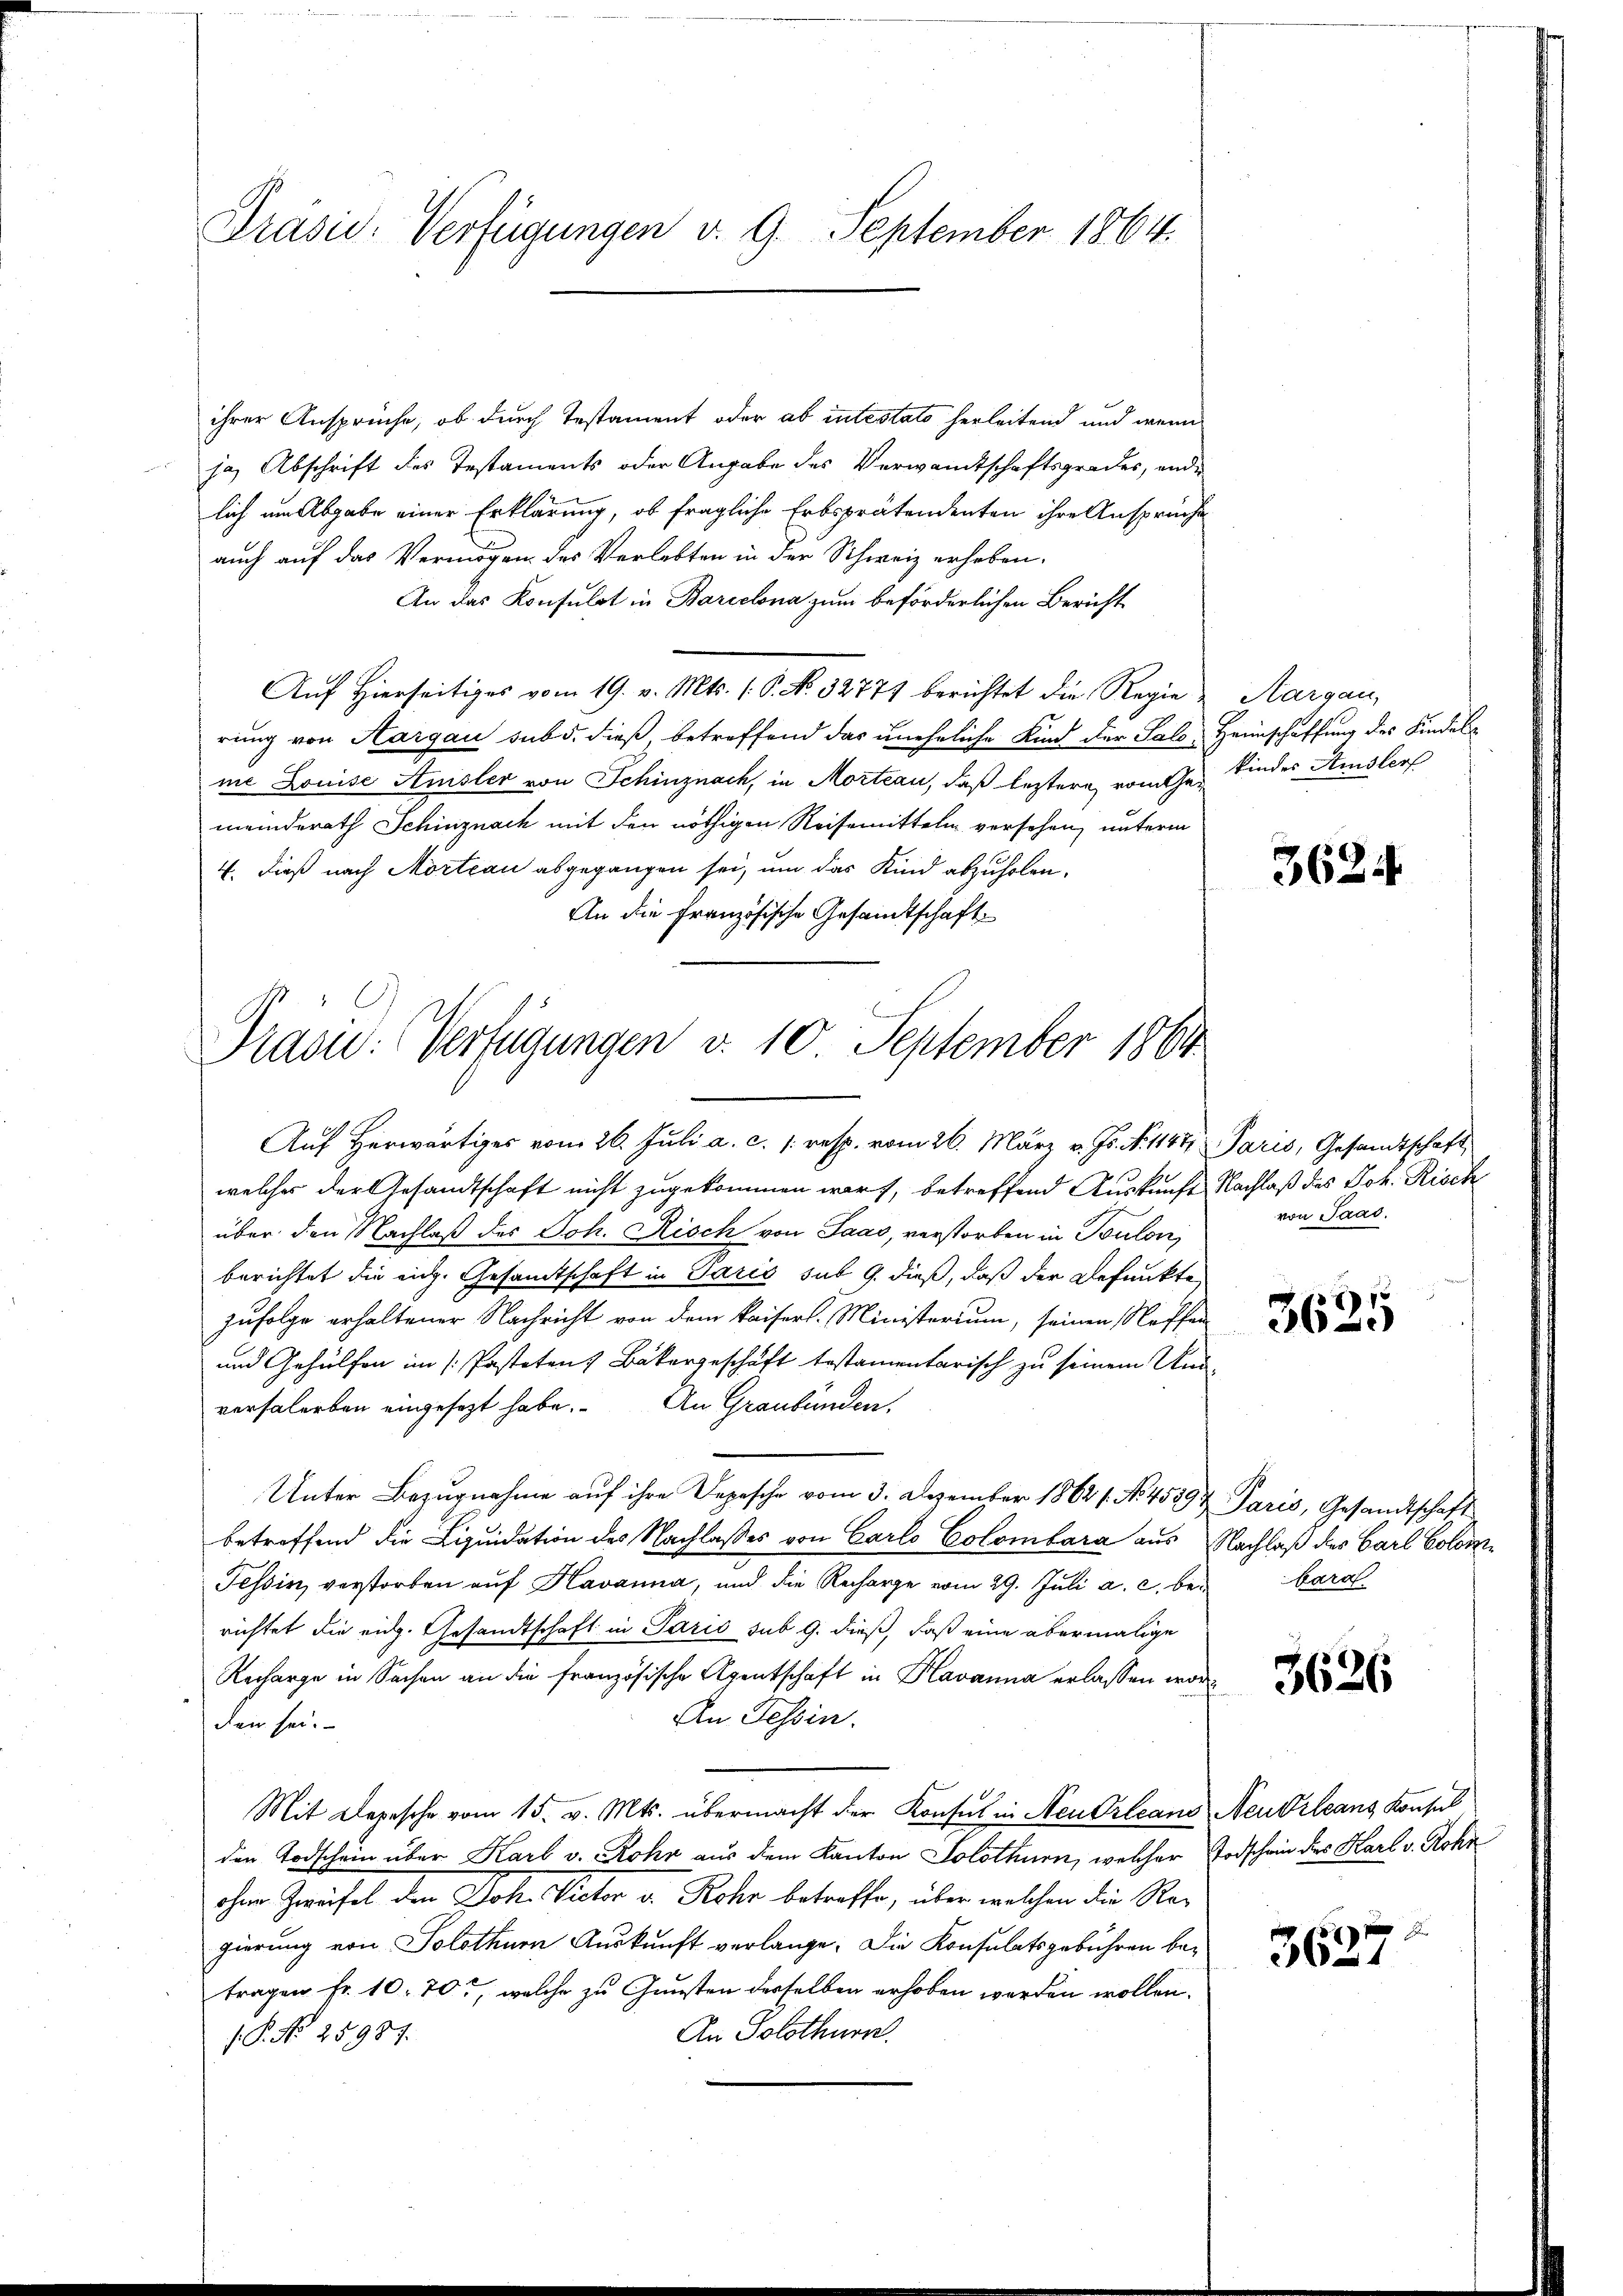
Präsid. Verfügungen v. 9. September 1864.

ihrer Ansprüche, ob durch Testament oder ab intestato herleitend und wenn
ja Abschrift des Testaments oder Angabe des Verwandtschaftsgrades, end
lich um Abgabe einer Erklärung, ob fragliche Erbsprätendenten ihre Ansprüche
auch auf das Vermögen des Verlebten in der Schweiz erheben.
An das Konsulat in Barcelona zum beförderlichen Bericht
Auf Hierseitiges vom 19. v. Mts. (: P. No. 32771 berichtet die Regie Aargau,
rung von Aargau sub d. dieß, betreffend das uneheliche Kind der Salo, Heimschaffung des Kindelme Louise Anister von Schinznach, in Morteau, daß leztere vom h. Kinder Amsler
meinderath Schinznach mit den nöthigen Reisemitteln versehen, unterm
4. dieß nach Mortian abgegangen sei, um das Kind abzuholen.
An die Französische Gesandtschaft
Auf Herwärtiges vom 26. Juli a. c. /: resp. vom 26. März v. Js. N. 1147 Paris, Gesandtschaft,
welches der Gesandtschaft nicht zugekommen warf, betreffend Auskunft Nachlaß des Joh. Risch
über den Nachlaß des Joh. Risch von Saas, verstorben in Toulon,
berichtet die eich. Gesamtschaft in Paris sub 9. dieß, daß der Befunkte
zufolge erhaltener Nachricht von dem Kaisers. Ministerium, seinen Neffen
3625
und Gehülfen im [: Pasteten Bäkergeschäft testamentarisch zu seinem Und
versalerben eingesezt habe. An Graubünden,
Unter Bezugnahme aŭf ihre Depesche vom 3. Dezember 18621. No. 4559 Paris, Gesandtschaft
betreffend die Liquidation des Nachlasses von Carlo Colombara aus Nachlaß des Carl Colon¬
Tessin, verstorben auf Havanna, und die Recharge vom 29. Jŭli a. c. beibara
richtet die eidg. Gesandtschaft in Paris sub 9. dieß, daß eine abermalige
Recharge in Sachen an die französische Agentschaft in Havanna erlassen worde
An Tessin.
den sei.
Mit Depesche vom 15. v. Mts. übermacht der Konsul in Neu Orleans Neudrleans Konsul
den Todschein über Karl v. Rohr aus dem Kanton Solothurn, welcher Todschein des Karl v. Rohn
ohne Zweifel den Joh. Victor u. Rohr betreffe, über welchen die Rex
gierung von Solothurn Auskunft verlange. Die Konsulatsgebühren bei
tragen fr. 10. 70, welche zu Gunsten derselben erhoben werden wollen.
An Solothurn.
P. No 25987.

Präsid.: Verfügungen v. 10 September 1864

3624

von Paad.